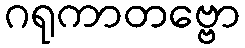
ဂရုကာတဗ္ဗော